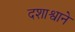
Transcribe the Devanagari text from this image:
दशाश्वाने